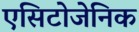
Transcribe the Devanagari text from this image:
एसिटोजेनिक